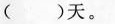
( )天。